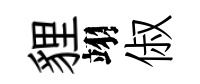
貍翊俶